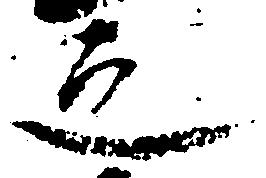
之